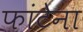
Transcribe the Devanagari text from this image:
फांटेना